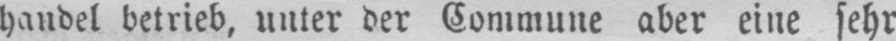
handel betrieb, unter der Commune aber eine sehr